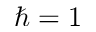
\hbar = 1